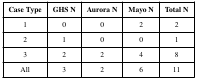
<table><thead><tr><td rowspan="2"><b>Case Type</b></td><td rowspan="2"><b>GHS N</b></td><td rowspan="2"><b>Aurora N</b></td><td rowspan="2"><b>Mayo N</b></td><td rowspan="2"><b>Total N</b></td></tr></thead><tbody><tr><td>1</td><td>0</td><td>0</td><td>2</td><td>2</td></tr><tr><td>2</td><td>1</td><td>0</td><td>0</td><td>1</td></tr><tr><td>3</td><td>2</td><td>2</td><td>4</td><td>8</td></tr><tr><td>All</td><td>3</td><td>2</td><td>6</td><td>11</td></tr></tbody></table>